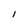
Character: I